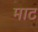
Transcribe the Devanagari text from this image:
माट